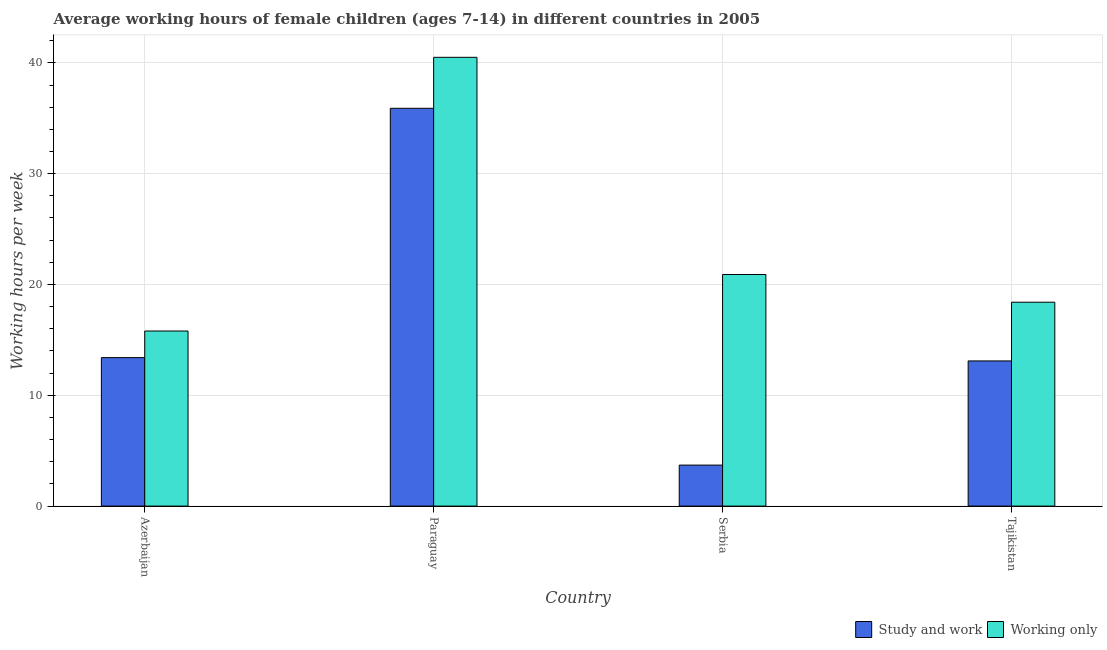
| Country | Study and work | Working only |
 | --- | --- | --- |
 | Azerbaijan | 13.4 | 15.8 |
 | Paraguay | 35.9 | 40.5 |
 | Serbia | 3.7 | 20.9 |
 | Tajikistan | 13.1 | 18.4 |